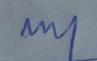
Signature authenticity: genuine